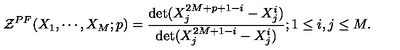
{ \cal { Z } } ^ { P F } ( X _ { 1 } , \cdots , X _ { M } ; p ) = { \frac { \det ( X _ { j } ^ { 2 M + p + 1 - i } - X _ { j } ^ { i } ) } { \det ( X _ { j } ^ { 2 M + 1 - i } - X _ { j } ^ { i } ) } } ; 1 \le i , j \le M .